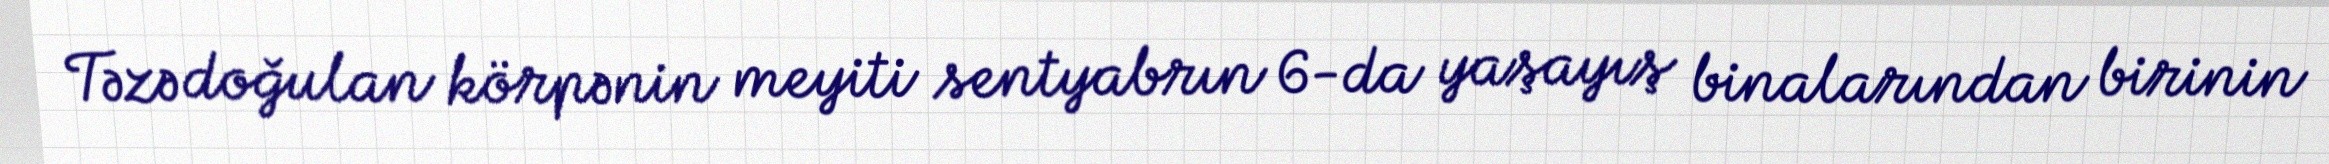
Təzə doğulan körpənin meyiti sentyabrın 6-da yaşayış binalarından birinin